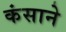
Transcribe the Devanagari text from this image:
कंसाने